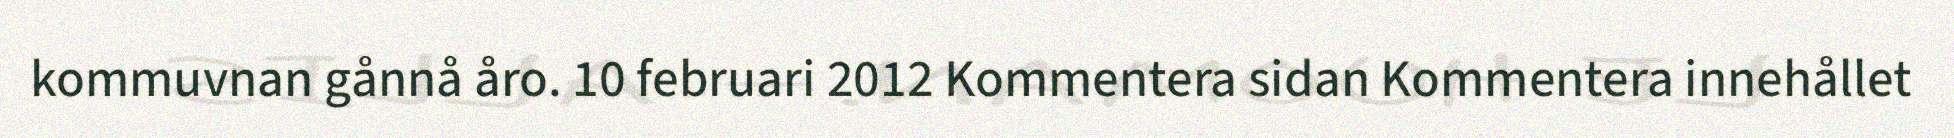
kommuvnan gånnå åro. 10 februari 2012 Kommentera sidan Kommentera innehållet